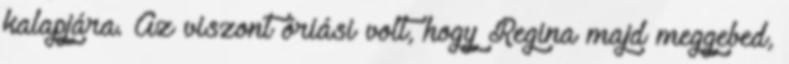
kalapjára. Az viszont óriási volt, hogy Regina majd meggebed,